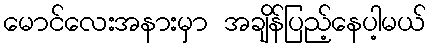
မောင်လေးအနားမှာ အချိန်ပြည့်နေပါ့မယ်